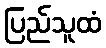
ပြည်သူထံ